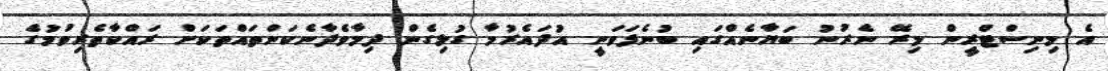
އެ މިނިސްޓްރީން މިރޭ ނެރުނު ބަޔާނެއްގައި ބުނެފަވަނީ އުދައެރުމާ ގުޅިގެން ދިމާވެދާނެކަންތައްތަކަށް ރައްކާތެރިވުމުގެ